Vaccination in Bombay 1874-1876 - 1874-1876
Year: 1874
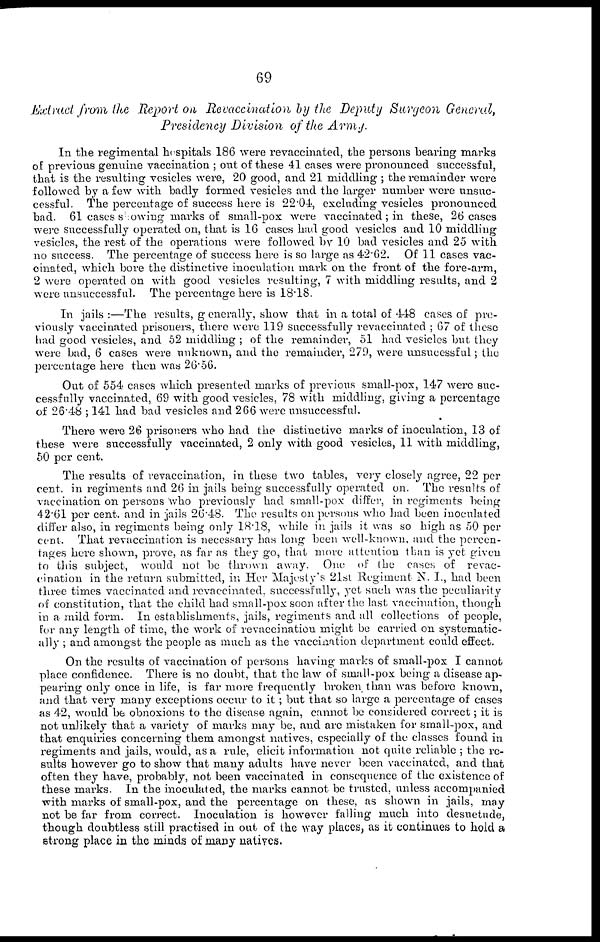
69
Extract from the Report on Revaccination
by the Deputy Surgeon
General,
Presidency Division
of the
Army.
In the regimental hospitals 186 were revaccinated, the persons bearing marks
of previous genuine vaccination ; out of these 41 cases were pronounced successful,
that is the resulting vesicles were, 20 good, and 21 middling ; the remainder were
followed by a few with badly formed vesicles and the larger number were unsuc-
cessful. The percentage of success here is 22.04, excluding vesicles pronounced
bad. 61 cases showing marks of small-pox were vaccinated ; in these, 26 cases
were successfully operated on, that is 16 cases had good vesicles and 10 middling
vesicles, the rest of the operations were followed by 10 bad vesicles and 25 with
no success. The percentage of success here is so large as 42.62. Of 11 cases vac¬
cinated, which bore the distinctive inoculation mark on the front of the fore-arm,
2 were operated on with good vesicles resulting, 7 with middling results, and 2
were unsuccessful. The percentage here is 18.18.
In jails :—The results, generally, show that in a total of 448 cases of pre-
viously vaccinated prisoners, there were 119 successfully revaccinated ; 67 of these
had good vesicles, and 52 middling ; of the remainder, 51 had vesicles but they
were bad, 6 cases were unknown, and the remainder, 279, were unsucessful; the
percentage here then was 26.56.
Out of 554 cases which presented marks of previous small-pox, 147 were suc-
cessfully vaccinated, 69 with good vesicles, 78 with middling, giving a percentage
of 26.48 ; 141 had bad vesicles and 266 were unsuccessful.
There were 26 prisoners who had the distinctive marks of inoculation, 13 of
these were successfully vaccinated, 2 only with good vesicles, 11 with middling,
50 per cent.
The results of revaccination, in these two tables, very closely agree, 22 per
cent. in regiments and 26 in jails being successfully operated on. The results of
vaccination on persons who previously had small-pox differ, in regiments being
42.61 per cent. and in jails 26.48. The results on persons who had been inoculated
differ also, in regiments being only 18.18, while in jails it was so high as 50 per
cent. That revaccination is necessary has long been well-known, and the percen-
tages here shown, prove, as far as they go, that more attention than is yet given
to this subject, would not be thrown away. One of the cases of revac-
cination in the return submitted, in Her Majesty's 21st Regiment N. I., had been
three times vaccinated and revaccinated. successfully, yet such was the peculiarity
of constitution, that the child had small-pox soon after the last vaccination, though
in a mild form. In establishments, jails, regiments and all collections of people,
for any length of time, the work of revaccination might be carried on systematic-
ally ; and amongst the people as much as the vaccination department could effect.
On the results of vaccination of persons having marks of small-pox I cannot
place confidence. There is no doubt, that the law of small-pox being a disease ap-
pearing only once in life, is far more frequently broken than was before known,
and that very many exceptions occur to it ; but that so large a percentage of cases
as 42, would be obnoxions to the disease again, cannot be considered correct; it is
not unlikely that a variety of marks may be, and are mistaken for small-pox, and
that enquiries concerning them amongst natives, especially of the classes found in
regiments and jails, would, as a rule, elicit information not quite reliable ; the re-
sults however go to show that many adults have never been vaccinated, and that
often they have, probably, not been vaccinated in consequence of the existence of
these marks. In the inoculated, the marks cannot be trusted, unless accompanied
with marks of small-pox, and the percentage on these, as shown in jails, may
not be far from correct. Inoculation is however falling much into desuetude,
though doubtless still practised in out of the way places, as it continues to hold a
strong place in the minds of many natives.